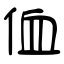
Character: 侐